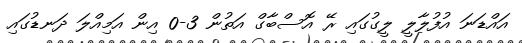
އައްޑަނަ އުފުލާލީ ލީގުގައި ރޭ އޮސްބާގް އަތުން 3-0 އިން އަމިއްލަ ދަނޑުގައި